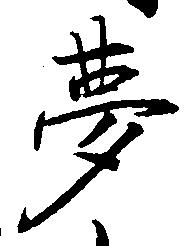
夢